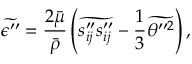
\widetilde { \epsilon ^ { \prime \prime } } = \frac { 2 \bar { \mu } } { \bar { \rho } } \left( \widetilde { s _ { i j } ^ { \prime \prime } s _ { i j } ^ { \prime \prime } } - \frac { 1 } { 3 } \widetilde { \theta ^ { \prime \prime 2 } } \right) ,